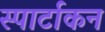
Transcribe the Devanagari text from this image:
स्पार्टाकन